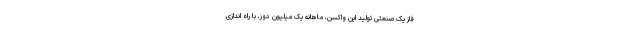
فاز یک صنعتی تولید این واکسن، ماهانه یک میلیون دوز، با راه اندازی